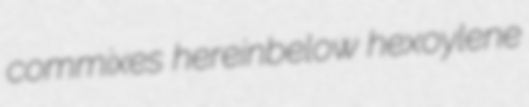
commixes hereinbelow hexoylene